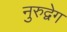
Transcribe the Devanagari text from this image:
नुरुद्वेग